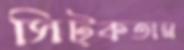
সিট্‌কতাম